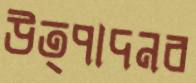
উত্পাদনব